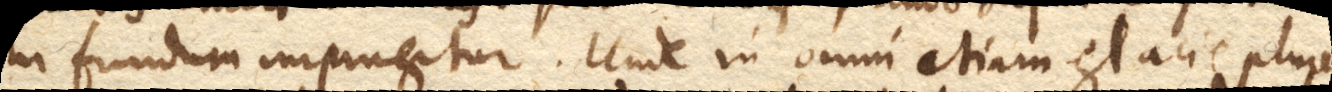
in fundum impingitur. Unde in omni etiam glacie plures